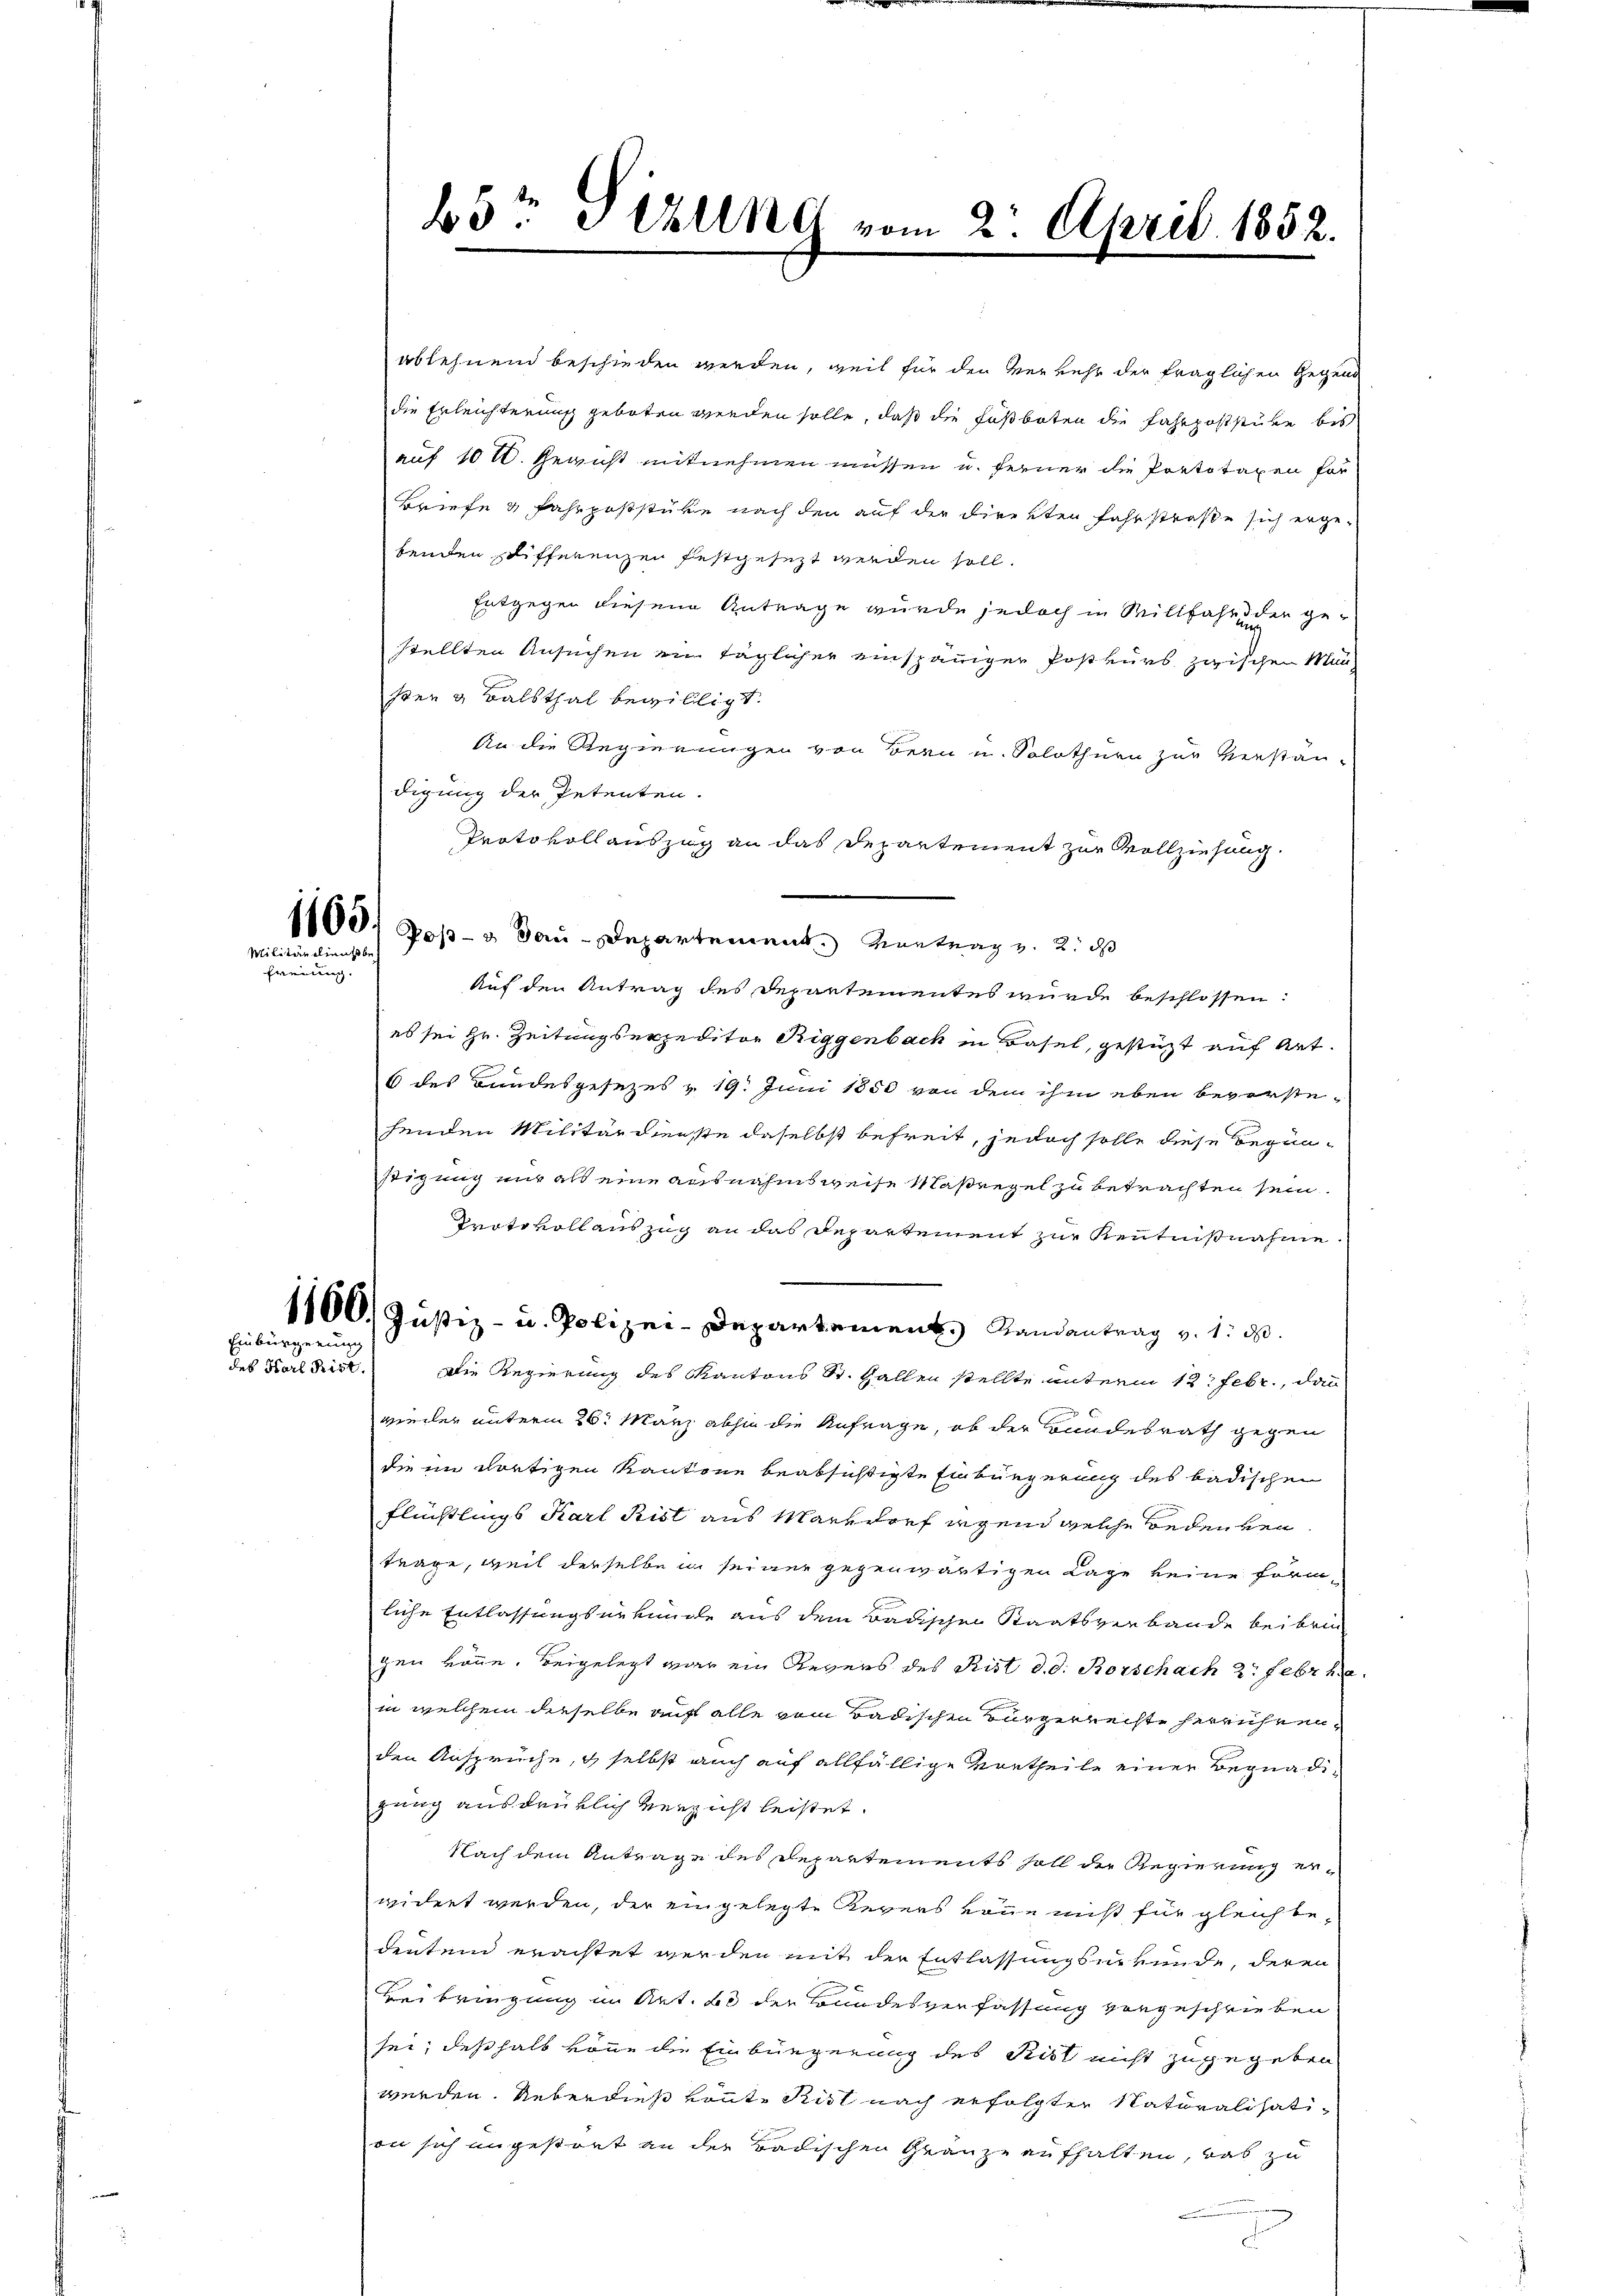
1165.
Militärelnußbe
Freiung

Einbürgerung
des Karl Frist.

ablehnend beschieden werden, weil für den Verkehr der fraglichen Gegend
die Erleichterung geboten werden solle, daß die Fußboten die Fahrpoststube bis
auf 10 M. Gewicht mitnehmen müssen u. ferner die Portotaxen for
Briefe & Fahrpoststüke nach den auf der Direkten Fahrstraße sich erge-
benden schifferenzen festgesezt werden soll.
Entgegen diesen Antrage wurde jedoch in Willfahr der ge-
stellten Ansuchen ein täglicher einspäniger Postkurs zwischen Man
sten & Balsthal bewilligt.
An die Regierungen von Bern u. Solothurn zur Verstan-
digung der Petenten.
Protokollauszug an das Departement zur Vollziehung.
Pos- dau-Departement Kontrag v. 2. ds
Auf den Antrag des Departementes wurde beschlossen:
es sei Hr. Zeitungsexpeditor Riggenbach in Basel, gestüzt auf Art.
6 des Bandesgesezes & 19. Juni 1850 von dem ihm eben bevorste-
henden Militärdienste daselbst befreit, jedoch solle diese Begün-
stigung nur als eine ausnahmsweise Maßregel zu betrachten sein.
Protokoll auszug an das Departement zur Kenntnißnahme
1100. Justiz- u. Polizei-Departement. Randantrag v. 1. d.
Die Regierung des Kantons St. Gallen stellte unterm 12. Febr., dann
vieler unterm 26. März abhin die Anfrage, ob der Bundesrath gegen
die im dortigen Kantone beabsichtigte Einbürgerung des badischen
Flüchtlings Karl Rist aus Markdorf irgend welche Bedeuten.
trage, weil derselbe in seiner gegenwärtigen Lage keine förmliche Entlassungsurkunde aus dem Badischen Staatsverbande beibrin
gen könne. Beigelegt war ein Revers des Rist d. d. Rorschach 2. Febr he
in welchem dieselbe auf alle vom Badischen Bürgerrechte herrührenden Ansprüche, selbst auch auf allfällige Vortheile einer Begnadigung ausdrüklich verzicht leistet.
Nach dem Antrage des Departements soll der Regierung erwidert werden, der eingelegte Revers Tone nicht für gleich bedenten erachtet werden mit der Entlassungsurkunde, deren
Beibringung in Art. b der Bundesverfassung vorgeschrieben
sei; deßhalb von die Einbürgerung des Rist nicht zugegeben
werden. Ueberdieß könte Kist nach erfolgter Naturalisation sich angestrat an der Badischen Grauze aufhalten, was zu
.
d

bdr Schling vom 2. April 1852.